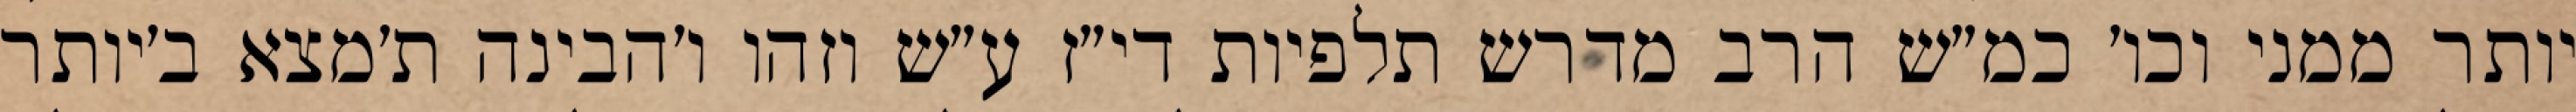
יותר ממני וכו׳ כמ״ש הרב מדרש תלפיות די״ז ע״ש וזהו ו׳הבינה ת׳מצא ב׳יותר